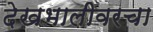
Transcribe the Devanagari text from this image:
देखभालीवरचा